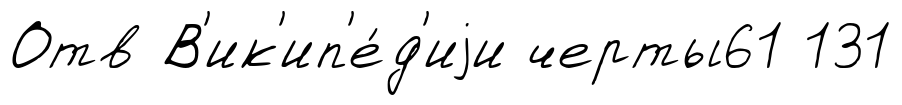
Отв В'ик'ип'е́д'иjи черты61 131